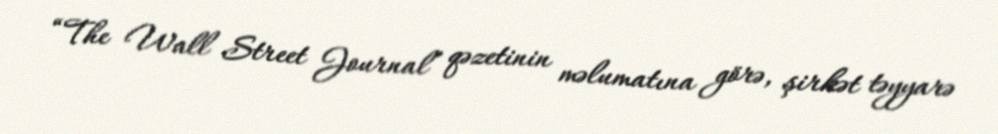
“The Wall Street Journal” qəzetinin məlumatına görə, şirkət təyyarə